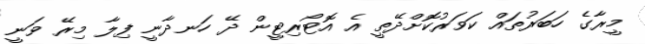
މީރާގެ ހަބަރުތައް ކަވަރުކޮށްދޭތީ އެ އޮޓޯރިޓީން ދޭ ހަނދާނީ ފިލާ މިރޭ ވަނީ